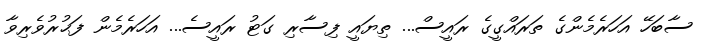
ސާބަހޭ އަހަރެމެންގެ ތަރައްގީގެ ރައީސް... ތިޔައީ ފިސާރި ގަޓު ރައީސެ... އަހަރެމެން ފަޙުރުވެރިވާ